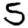
Digit: 5